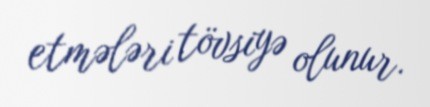
etmələri tövsiyə olunur.